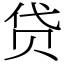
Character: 贷